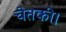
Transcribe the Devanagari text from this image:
चेतकी।